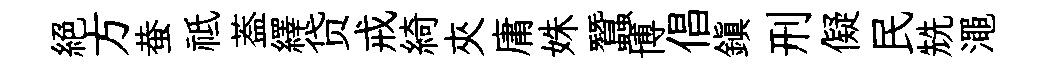
絶方蛬祗葢繹贷戒綺夾庸姝蠶博倡鎭刑儗民兟澠